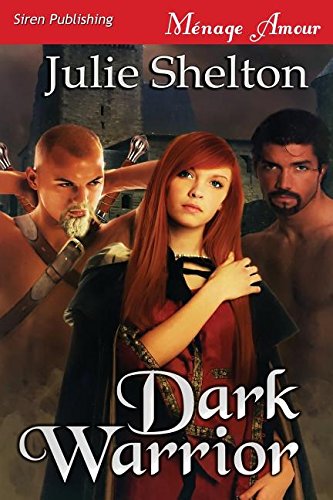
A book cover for Dark Warrior (Siren Publishing Menage Amour); Julie Shelton; Romance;